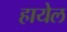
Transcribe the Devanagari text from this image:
हायेल